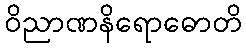
ဝိညာဏနိရောဓောတိ